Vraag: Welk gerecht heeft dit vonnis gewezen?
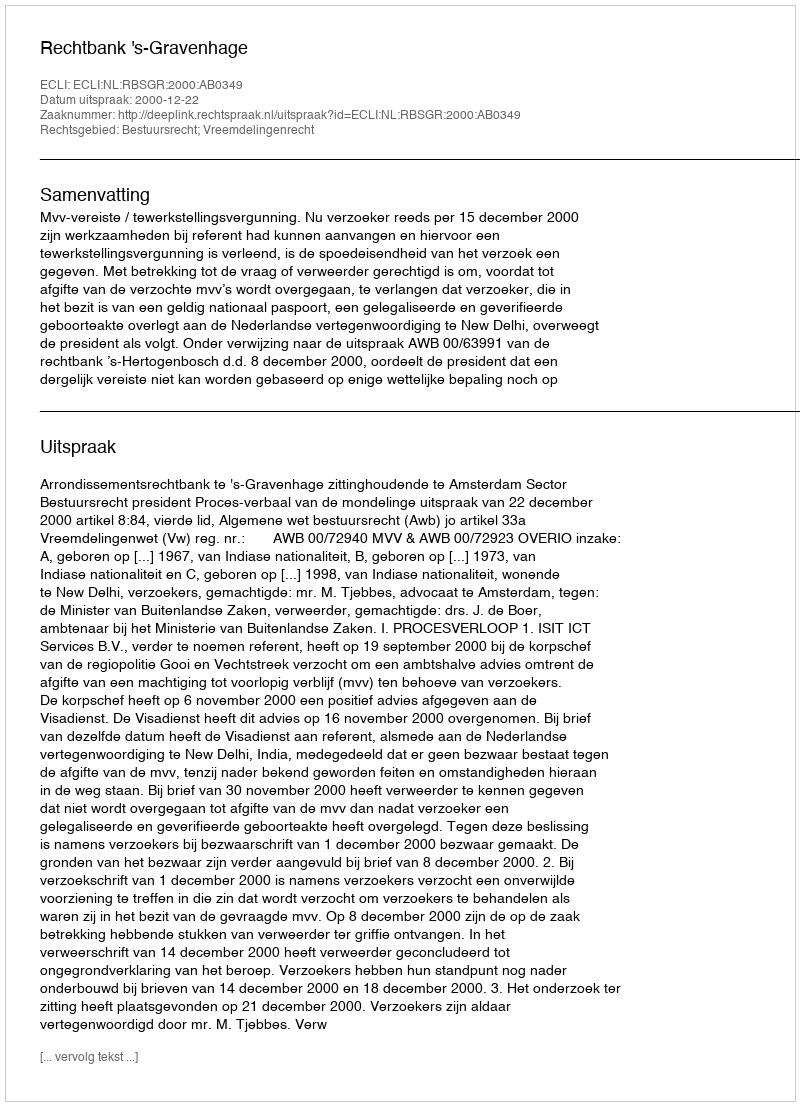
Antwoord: Rechtbank 's-Gravenhage